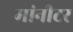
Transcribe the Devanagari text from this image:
मांनीटर